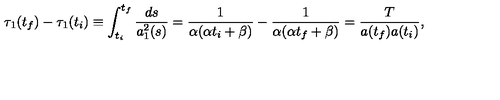
\tau _ { 1 } ( t _ { f } ) - \tau _ { 1 } ( t _ { i } ) \equiv \int _ { t _ { i } } ^ { t _ { f } } \frac { d s } { a _ { 1 } ^ { 2 } ( s ) } = \frac { 1 } { \alpha ( \alpha t _ { i } + \beta ) } - \frac { 1 } { \alpha ( \alpha t _ { f } + \beta ) } = \frac { T } { a ( t _ { f } ) a ( t _ { i } ) } ,